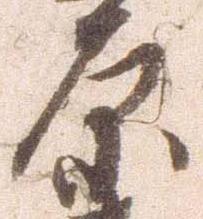
原